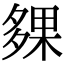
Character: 㚌